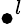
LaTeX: \bullet^{l}